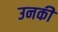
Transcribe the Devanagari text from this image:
उनकीे